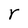
Character: r